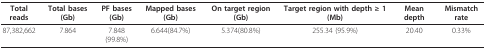
| Total reads | Total bases (Gb) | PF bases(Gb) | Mapped bases (Gb) | On target region (Gb) | Target region with depth ≥ 1 (Mb) | Mean depth | Mismatch rate |
 | --- | --- | --- | --- | --- | --- | --- | --- |
 | 87,382,662 | 7.864 | 7.848(99.8%) | 6.644(84.7%) | 5.374(80.8%) | 255.34 (95.9%) | 20.40 | 0.33% |